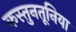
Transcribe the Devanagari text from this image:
कस्तुनतूनिया